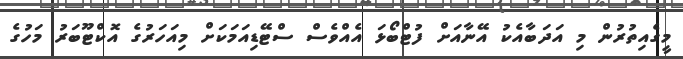
މީގެއިތުރުން މި އަދަބާއެކު އޭނާއަށް ފުޓްބޯޅަ އެއްވެސް ސްޓޭޑިއަމަކަށް މިއަހަރުގެ އޮކްޓޫބަރު މަހުގެ